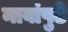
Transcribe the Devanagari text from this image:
नावांपुढे